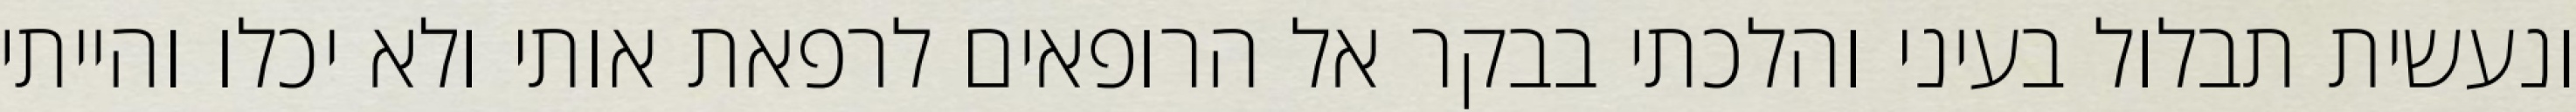
ונעשית תבלול בעיני והלכתי בבקר אל הרופאים לרפאת אותי ולא יכלו והייתי